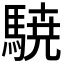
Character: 𮪈